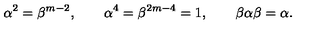
\alpha ^ { 2 } = \beta ^ { m - 2 } , \qquad \alpha ^ { 4 } = \beta ^ { 2 m - 4 } = 1 , \qquad \beta \alpha \beta = \alpha .